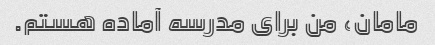
مامان، من برای مدرسه آماده هستم.